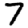
Digit: 7